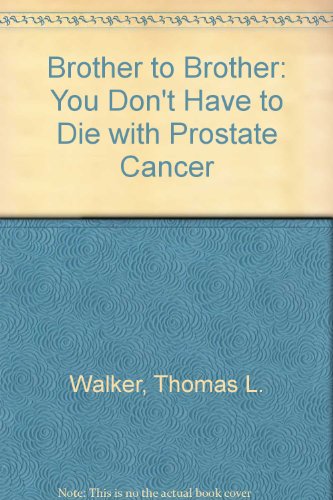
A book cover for Brother to Brother: You Don't Have to Die With Prostate Cancer; Thomas L. Walker; Health, Fitness & Dieting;